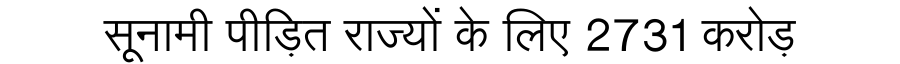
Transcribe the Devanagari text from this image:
सूनामी पीड़ित राज्यों के लिए 2731 करोड़